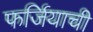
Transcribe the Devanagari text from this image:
फर्जियाची